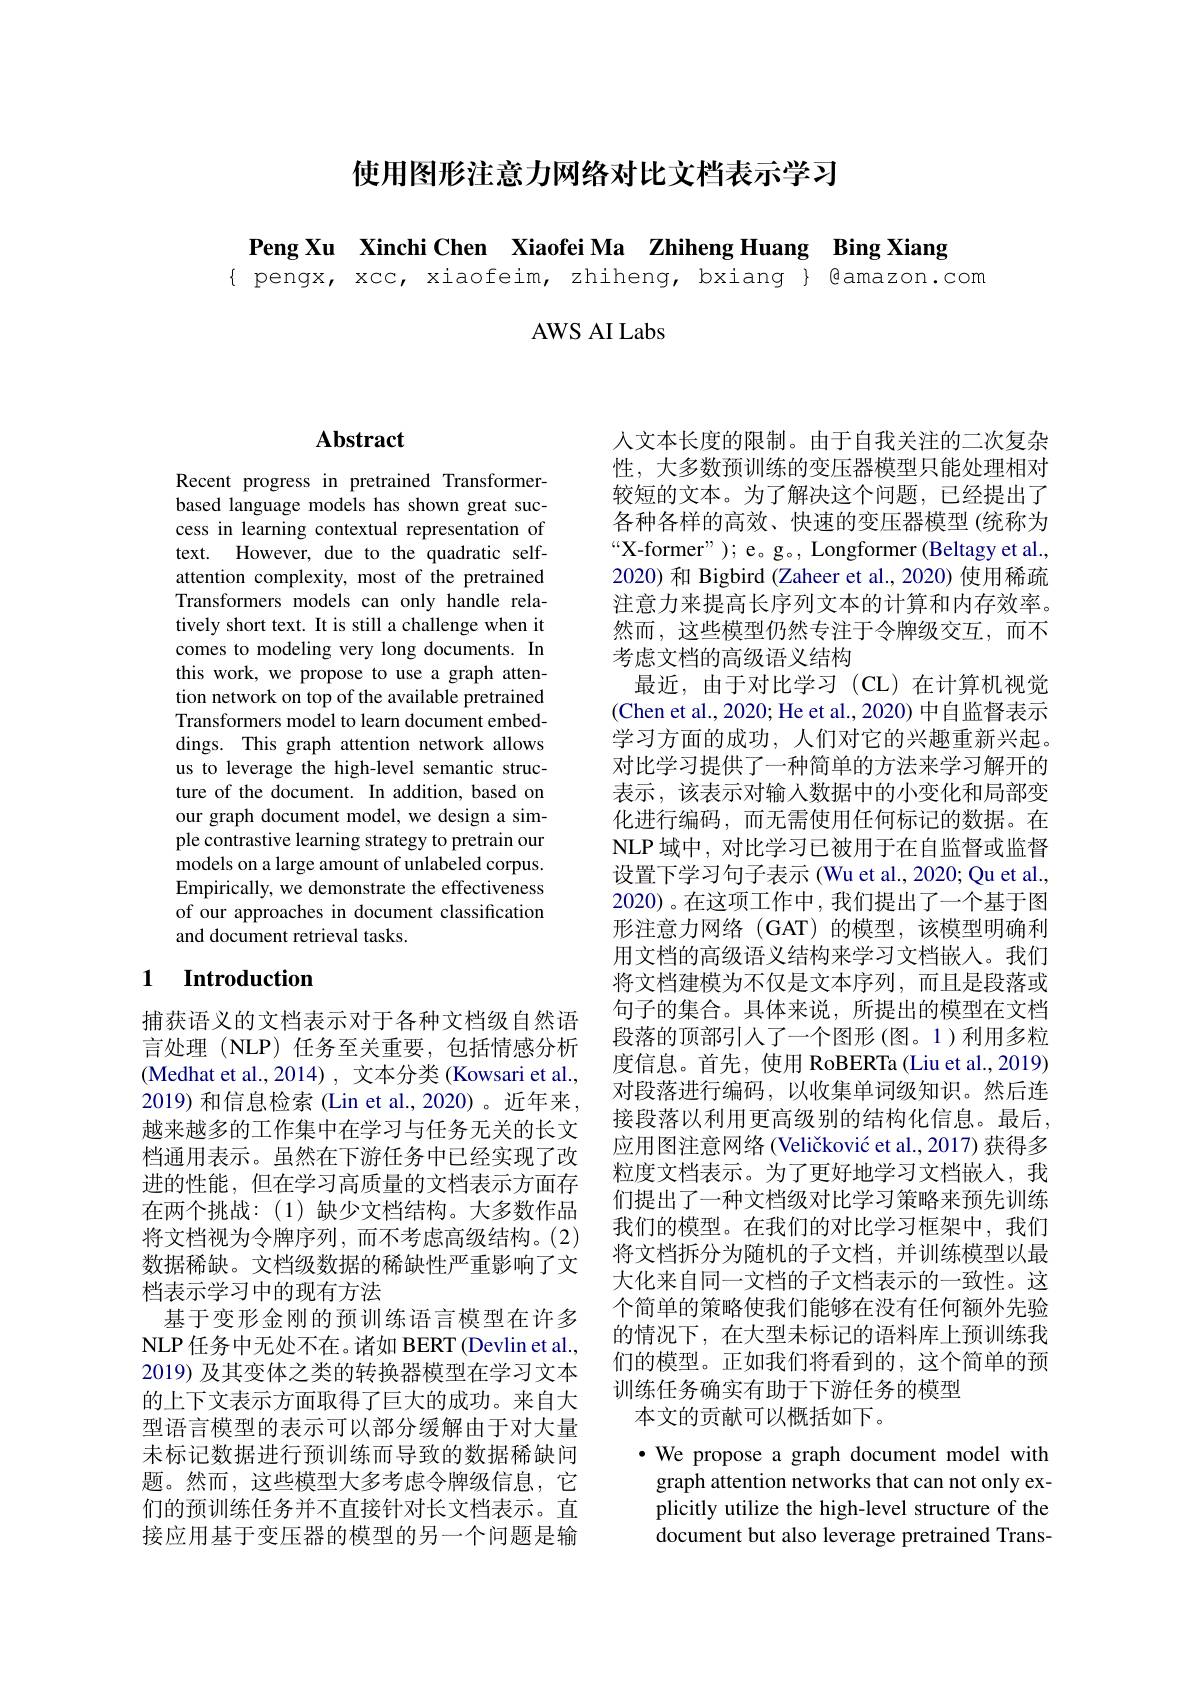
使用图形注意力网络对比文档表示学习

Peng Xu Xinchi Chen Xiaofei Ma Zhiheng Huang Bing Xiang
{ pengx, xcc, xiaofeim, zhiheng, bxiang } Qamazon.com

AWS AI Labs

### $\mathbf{Abstract}$

Recent progress in pretrained Transformerbased language models has shown great success in learning contextual representation of text. However, due to the quadratic selfattention complexity, most of the pretrained Transformers models can only handle relatively short text. It is still a challenge when it comes to modeling very long documents. In this work, we propose to use a graph attention network on top of the available pretrained Transformers model to learn document embeddings. This graph attention network allows us to leverage the high-level semantic structure of the document. In addition, based on our graph document model, we design a simple contrastive learning strategy to pretrain our models on a large amount of unlabeled corpus. Empirically, we demonstrate the effectiveness of our approaches in document classification and document retrieval tasks.

## 1 $\textbf{Introduction}$

捕获语义的文档表示对于各种文档级自然语言处理(NLP)任务至关重要，包括情感分析(Medhat et al.,2014), 文本分类 (Kowsari et al., 2019) 和信息检索 (Lin et al.,2020)。近年来越来越多的工作集中在学习与任务无关的长文档通用表示。虽然在下游任务中已经实现了改进的性能，但在学习高质量的文档表示方面存在两个挑战：(1)缺少文档结构。大多数作品将文档视为令牌序列，而不考虑高级结构。(2) 数据稀缺。文档级数据的稀缺性严重影响了文档表示学习中的现有方法
基于变形金刚的预训练语言模型在许多NLP 任务中无处不在。诸如 BERT (Devlin et al., 2019) 及其变体之类的转换器模型在学习文本的上下文表示方面取得了巨大的成功。来自大型语言模型的表示可以部分缓解由于对大量未标记数据进行预训练而导致的数据稀缺问题。然而，这些模型大多考虑令牌级信息，它们的预训练任务并不直接针对长文档表示。直接应用基于变压器的模型的另一个问题是输

人文本长度的限制。由于自我关注的二次复杂性，大多数预训练的变压器模型只能处理相对较短的文本。为了解决这个问题，已经提出了各种各样的高效、快速的变压器模型 (统称为$“$X-former" ); e。g。, Longformer (Beltagy et al., 2020) 和 Bigbird (Zaheer et al., 2020) 使用稀疏注意力来提高长序列文本的计算和内存效率。然而，这些模型仍然专注于令牌级交互，而不考虑文档的高级语义结构
最近，由于对比学习(CL)在计算机视觉(Chen et al., 2020; He et al., 2020) 中自监督表示学习方面的成功，人们对它的兴趣重新兴起。对比学习提供了一种简单的方法来学习解开的表示，该表示对输入数据中的小变化和局部变化进行编码，而无需使用任何标记的数据。在NLP 域中，对比学习已被用于在自监督或监督设置下学习句子表示 (Wu et al., 2020; Qu et al., 2020)。在这项工作中，我们提出了一个基于图形注意力网络(GAT)的模型，该模型明确利用文档的高级语义结构来学习文档嵌入。我们将文档建模为不仅是文本序列，而且是段落或句子的集合。具体来说，所提出的模型在文档段落的顶部引入了一个图形(图。1)利用多粒度信息。首先，使用 RoBERTa(Liu et al., 2019) 对段落进行编码，以收集单词级知识。然后连接段落以利用更高级别的结构化信息。最后， 应用图注意网络 (Veličković et al., 2017) 获得多粒度文档表示。为了更好地学习文档嵌入，我们提出了一种文档级对比学习策略来预先训练我们的模型。在我们的对比学习框架中，我们将文档拆分为随机的子文档，并训练模型以最大化来自同一文档的子文档表示的一致性。这个简单的策略使我们能够在没有任何额外先验的情况下，在大型未标记的语料库上预训练我们的模型。正如我们将看到的，这个简单的预训练任务确实有助于下游任务的模型
本文的贡献可以概括如下。

$\bullet$ We propose a graph document model with graph attention networks that can not only explicitly utilize the high-level structure of the document but also leverage pretrained Trans-